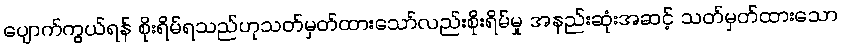
ပျောက်ကွယ်ရန် စိုးရိမ်ရသည်ဟုသတ်မှတ်ထားသော်လည်းစိုးရိမ်မှု အနည်းဆုံးအဆင့် သတ်မှတ်ထားသော